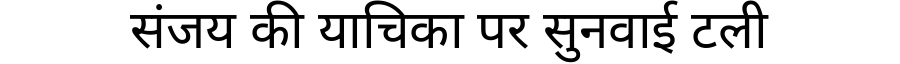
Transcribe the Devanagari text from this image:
संजय की याचिका पर सुनवाई टली